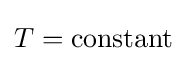
T=\mathrm {constant}